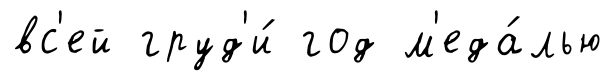
вс'ей груд'и́ год м'еда́лью